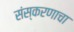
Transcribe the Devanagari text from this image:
संस्करणाचा